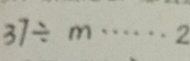
3 7 \div m \cdots 2